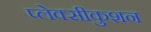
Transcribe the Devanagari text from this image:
प्लेक्सीकुशन